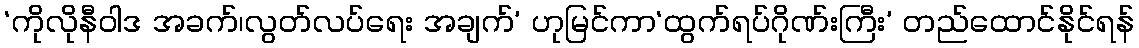
‘ကိုလိုနီဝါဒ အခက်၊လွတ်လပ်ရေး အချက်’ ဟုမြင်ကာ‘ထွက်ရပ်ဂိုဏ်းကြီး’ တည်ထောင်နိုင်ရန်